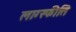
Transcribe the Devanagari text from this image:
लाग्स्फीति